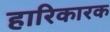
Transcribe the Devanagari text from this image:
हारिकारक